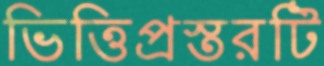
ভিত্তিপ্রস্তরটি